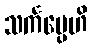
သင်္ကပ္ပေဟိ